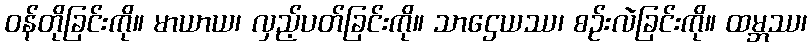
ဝန်တိုခြင်းကို။ မာယာယ၊ လှည့်ပတ်ခြင်းကို။ သာဌေယဿ၊ စဉ်းလဲခြင်းကို။ ထမ္ဘဿ၊